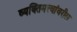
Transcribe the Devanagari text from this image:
व्यक्तिमत्त्वांवरील